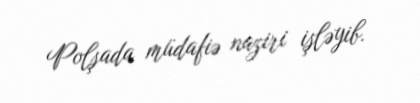
Polşada müdafiə naziri işləyib.